Vaccine operations Central Provinces & Berar 1922-1929 - 1922-1929
Year: 1922
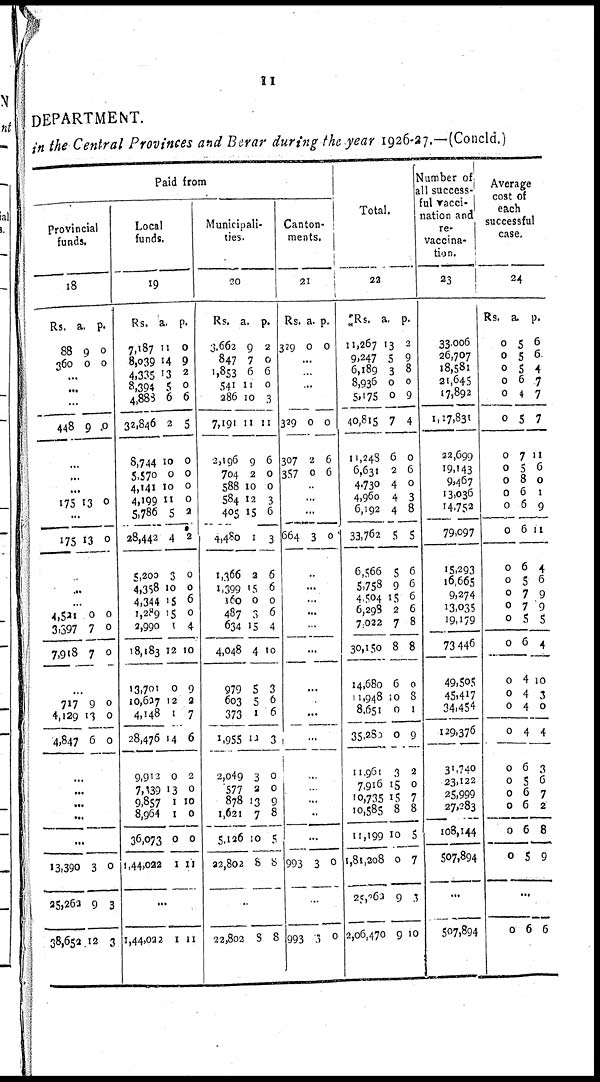
11
DEPARTMENT.
in the Central Provinces and Berar during the year 1926-27.—(Concld.)
Paid from
Provincial
funds.
18
Rs.
88
360
a.
9
0
p.
0
0
...
...
...
448 9 0
...
...
...
175 13 0
...
175 13 0
...
...
...
4,521
3,397
7,918
0
7
7
0
0
0
...
717
4,129
4,847
9
13
6
0
0
0
...
...
...
...
...
13,390
25,262
38,652
3
9
12
0
3
3
Local
funds.
19
Rs.
7,187
8,039
4,335
8,394
4,885
32,846
8,744
5,570
4,141
4,199
5,786
28,442
5,200
4,358
4,344
1,289
2,990
18,183
13,701
10,637
4,148
28,476
9,913
7,139
9,857
8,964
36,073
1,44,022
a.
11
14
13
5
6
2
10
0
10
11
5
4
3
10
15
15
1
12
0
12
1
14
0
13
1
I
0
1
p.
0
9
2
0
6
5
0
0
0
0
2
2
0
0
6
0
4
10
9
2
7
6
2
0
10
0
0
11
...
1,44,022 1 11
Municipali-
ties.
20
Rs.
3,663
847
1,853
541
286
7,191
2,196
704
588
584
405
4,480
1,366
1,399
160
487
634
4,048
979
603
373
1,955
2,049
577
878
1,621
5,126
22,802
a.
9
7
6
11
10
11
9
2
10
12
15
1
2
15
0
3
15
4
5
5
1
12
3
3
13
7
10
8
p.
2
0
6
0
3
11
6
0
0
3
6
3
6
6
0
6
4
10
3
6
6
3
0
0
9
8
5
8
...
22,802 8 8
Canton-
ments.
21
Rs.
329
a.
0
p.
0
...
...
...
...
329
307
357
0
2
0
0
6
6
...
...
...
664 3 0
...
...
...
...
...
...
...
...
...
...
...
...
...
...
...
993 3 0
...
993 3 0
Total.
22
Rs.
11,267
9,247
6,189
8,936
5,175
40,815
11,248
6,631
4,730
4,960
6,192
33,762
6,566
5,758
4,504
6,298
7,022
30,150
14,680
11,948
8,651
35,280
11,961
7,916
10,735
10,585
11,199
1,81,208
25,262
2,06,470
a.
13
5
3
0
0
7
6
2
4
4
4
5
5
9
15
2
7
8
6
10
0
0
3
15
15
8
10
0
9
9
p.
2
9
8
0
9
4
0
6
0
3
8
5
6
6
6
6
8
8
0
8
1
9
2
0
7
8
5
7
3
10
Number of
all success¬
ful vacci¬
nation and
re¬
vaccina-
tion.
23
33,006
26,707
18,581
21,645
17,892
1,17,831
32,699
19,143
9,467
13,036
14,752
79,097
15,293
16,665
9,274
13,035
19,179
73,446
49,505
45,417
34,454
129,376
31,740
23,122
25,999
27,283
108,144
507,894
...
507,894
Average
cost of
each
successful
case.
24
Rs.
0
0
0
0
0
0
0
0
0
0
0
0
0
0
0
0
0
0
0
0
0
0
0
0
0
0
0
0
a.
5
5
5
6
4
5
7
5
8
6
6
6
6
5
7
7
5
6
4
4
4
4
6
5
6
6
6
5
p.
6
6
4
7
7
7
11
6
0
1
9
11
4
6
9
9
5
4
10
3
0
4
3
6
7
2
8
9
...
0 6 6